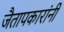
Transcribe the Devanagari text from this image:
जैतापकारांनी